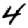
Digit: 4